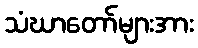
သံဃာတော်များအား